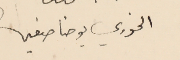
الخوري يوحنا صفير